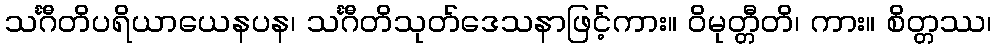
သင်္ဂီတိပရိယာယေနပန၊ သင်္ဂီတိသုတ်ဒေသနာဖြင့်ကား။ ဝိမုတ္တီတိ၊ ကား။ စိတ္တဿ၊